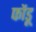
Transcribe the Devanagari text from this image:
फोंडू